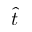
\hat { t }